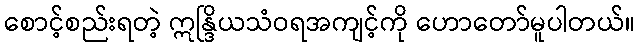
စောင့်စည်းရတဲ့ ဣန္ဒြိယသံဝရအကျင့်ကို ဟောတော်မူပါတယ်။